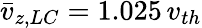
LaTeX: \bar{v}_{z,LC}=1.025\, v_{th}